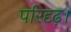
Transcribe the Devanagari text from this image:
परिदृढ़।